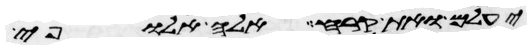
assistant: יעלם ואת קרח אלה אלופי